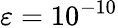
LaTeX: \varepsilon=10^{-10}